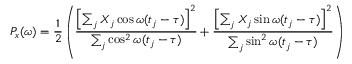
P _ { x } ( \omega ) = { \frac { 1 } { 2 } } \left( { \frac { \left[ \sum _ { j } X _ { j } \cos \omega ( t _ { j } - \tau ) \right] ^ { 2 } } { \sum _ { j } \cos ^ { 2 } \omega ( t _ { j } - \tau ) } } + { \frac { \left[ \sum _ { j } X _ { j } \sin \omega ( t _ { j } - \tau ) \right] ^ { 2 } } { \sum _ { j } \sin ^ { 2 } \omega ( t _ { j } - \tau ) } } \right)